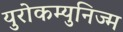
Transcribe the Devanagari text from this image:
युरोकम्युनिज्म